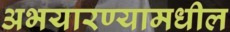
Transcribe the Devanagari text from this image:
अभयारण्यामधील